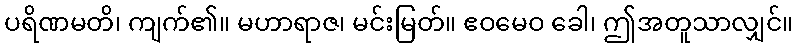
ပရိဏမတိ၊ ကျက်၏။ မဟာရာဇ၊ မင်းမြတ်။ ဧဝမေဝ ခေါ၊ ဤအတူသာလျှင်။